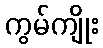
ကွမ်ကျိုး